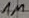
Text: 1M